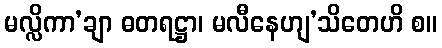
မလ္လိကာ’ချာ ဓတရဋ္ဌာ၊ မလီနေဟျ’သိတေဟိ စ။